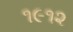
૧૯૧૨